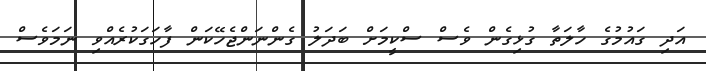
އަދި ގައުމުގެ ހާލަތާ ގުޅިގެން ވެސް ސްކީމަށް ބަދަލު ގެންނަންޖެހޭކަން ފާހަގަކުރެއްވި ނަމަވެސް